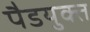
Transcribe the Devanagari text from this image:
पैडयुक्त